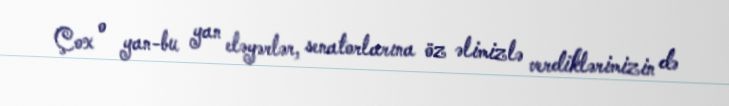
Çox o yan-bu yan eləyərlər, senatorlarına öz əlimizlə verdiklərimizin də